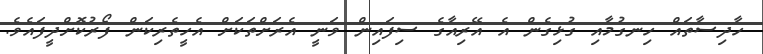
ހާދިސާތައް ހިނގުމާއި ގުޅިގެން އެ އޭރިއާގެ ސިފައިން ވަނީ އެރަށްތަކަށް އެހީތެރިކަން ފޯރުކޮށްދީފައެވެ.